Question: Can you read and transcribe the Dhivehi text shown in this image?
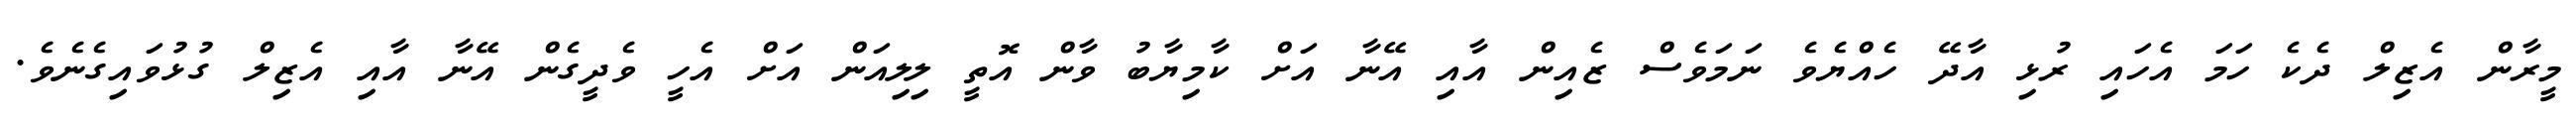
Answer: މީރާން އެޒިލް ދެކެ ހަމަ އެހައި ރުޅި އާދޭ ހެއްޔެވެ ނަމަވެސް ޒެއިން އާއި އޭނާ އަށް ކާމިޔާބު ވާން އޮތީ ލިލިއަން އަށް އެހީ ވެދީގެން އޭނާ އާއި އެޒިލް ގުޅުވައިގެނެވެ.